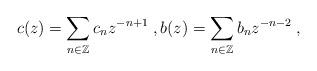
LaTeX: \begin{align*}c(z)=\sum_{n\in\mathbb{Z}}c_n z^{-n+1}\;,b(z)=\sum_{n\in\mathbb{Z}}b_n z^{-n-2}\;,\end{align*}